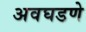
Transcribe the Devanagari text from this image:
अवघडणे